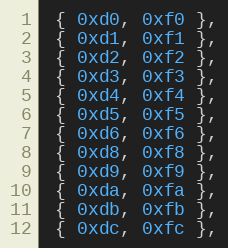
Language: C
 { 0xd0, 0xf0 },
 { 0xd1, 0xf1 },
 { 0xd2, 0xf2 },
 { 0xd3, 0xf3 },
 { 0xd4, 0xf4 },
 { 0xd5, 0xf5 },
 { 0xd6, 0xf6 },
 { 0xd8, 0xf8 },
 { 0xd9, 0xf9 },
 { 0xda, 0xfa },
 { 0xdb, 0xfb },
 { 0xdc, 0xfc },